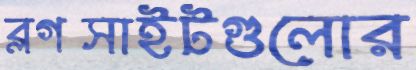
ব্লগসাইটগুলোর